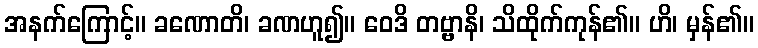
အနက်ကြောင့်။ ခဏောတိ၊ ခဏဟူ၍။ ဝေဒိ တဗ္ဗာနိ၊ သိထိုက်ကုန်၏။ ဟိ၊ မှန်၏။